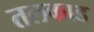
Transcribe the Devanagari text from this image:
तलकाड